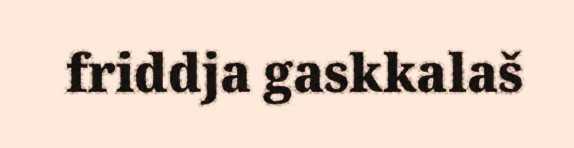
friddja gaskkalaš